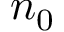
n _ { 0 }